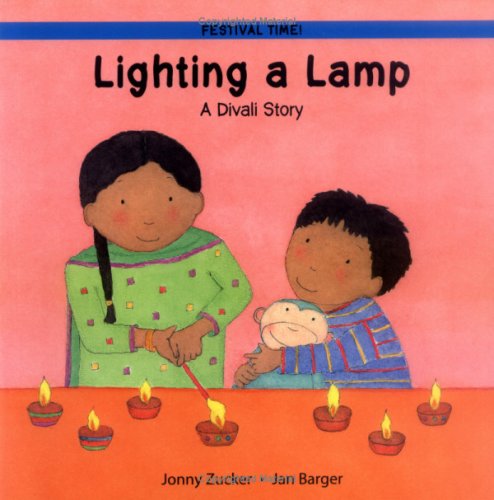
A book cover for Lighting a Lamp; Jonny Zucker; Children's Books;